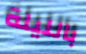
بالليلة